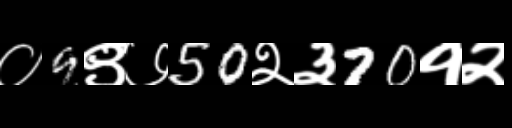
Text: ०9९७50२३70१२